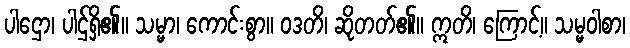
ပါဌော၊ ပါဌ်ရှိ၏။ သမ္မာ၊ ကောင်းစွာ။ ဝဒတိ၊ ဆိုတတ်၏။ ဣတိ၊ ကြောင့်။ သမ္မဝါစာ၊